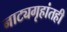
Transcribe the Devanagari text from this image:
नाट्यगृहांतही